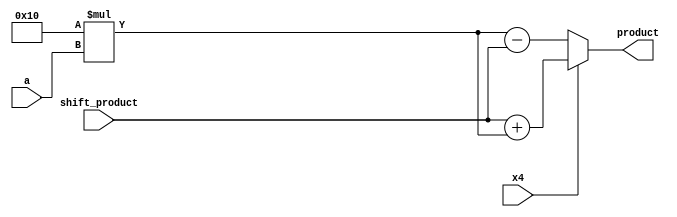
module adder_sub_oms(x4,shift_product,a,product);
 input x4;
 input [8:0] shift_product;
 input [4:0] a;
 output reg [9:0] product;
 
 reg [8:0] temp1;
 reg [31:0] temp;
	
	always @(*)
	begin 
	   temp=16*a;	
		temp1=temp[8:0];
		if (x4==1)
			product=shift_product+temp1;
		else 
			product=temp1-shift_product;
	end		
endmodule